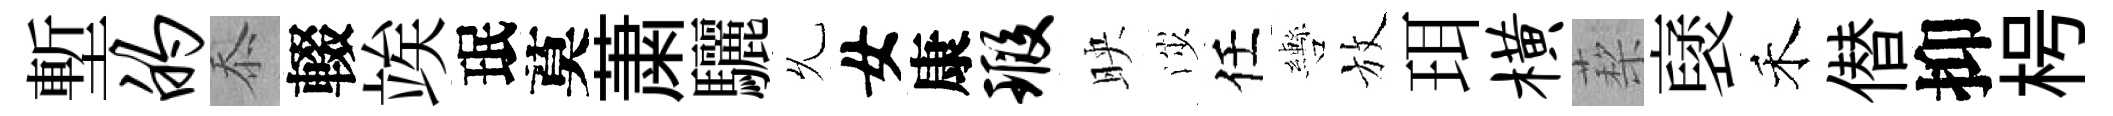
塹的忝輟竢珉莫䔥驪𠃔女康瑕映渉任轡放珥横蔾裦禾僣抑枵